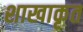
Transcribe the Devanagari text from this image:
शाखाकृत